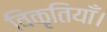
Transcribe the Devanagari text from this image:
विकृतियाँ।